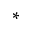
\ast